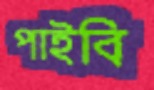
পাইবি